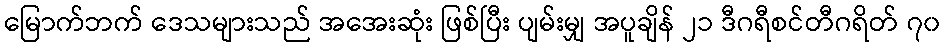
မြောက်ဘက် ဒေသများသည် အအေးဆုံး ဖြစ်ပြီး ပျမ်းမျှ အပူချိန် ၂၁ ဒီဂရီစင်တီဂရိတ် ၇၀